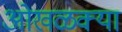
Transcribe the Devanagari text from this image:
ओखळक्या